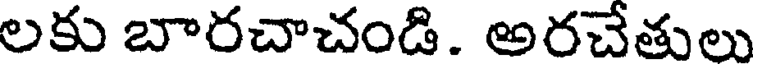
లకు బారచాచండి. అరచేతులు